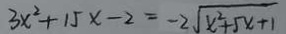
3 x ^ { 2 } + 1 5 x - 2 = - 2 \sqrt { x ^ { 2 } + 5 x + 1 }